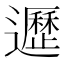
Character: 𨘸